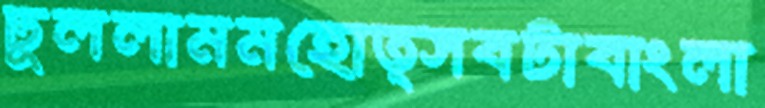
ঢুললামমহোত্সবটাবাংলা